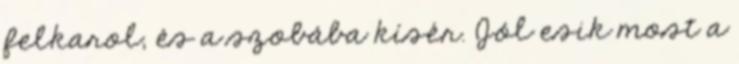
felkarol, és a szobába kísér. Jól esik most a